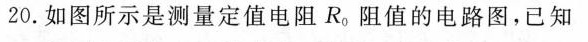
20.如图所示是测量定值电阻R。阻值的电路图，已知